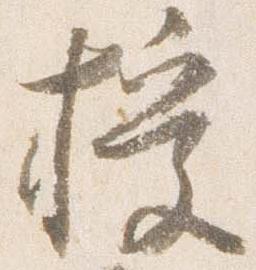
授